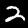
Digit: 2